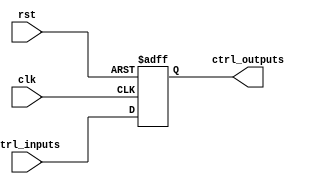
module ControlRegister (
    input wire clk,                // Clock signal
    input wire rst,                // Reset signal
    input wire [N-1:0] ctrl_inputs, // Control inputs (N bits wide)
    output reg [N-1:0] ctrl_outputs // Control outputs (N bits wide)
);

parameter N = 8; // Define the width of the control register (adjust as needed)

// Asynchronous reset and register update
always @(posedge clk or posedge rst) begin
    if (rst) begin
        // Reset behavior: set control outputs to a predefined state (e.g., zero)
        ctrl_outputs <= {N{1'b0}}; // Clear all bits to 0
    end else begin
        // On clock edge, capture control inputs
        ctrl_outputs <= ctrl_inputs;
    end
end

endmodule